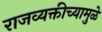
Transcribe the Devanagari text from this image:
राजव्यक्तीच्यामुळे